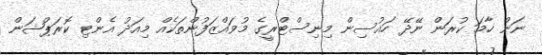
ނަން ހާމަ ކުރަން ނޭދޭ ހައުސިން މިނިސްޓްރީގެ މުވައްޒަފުންތަކެއް މިއަދު އެންޓި ކޮރަޕްޝަން